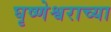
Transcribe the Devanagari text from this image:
घृष्णेश्वराच्या